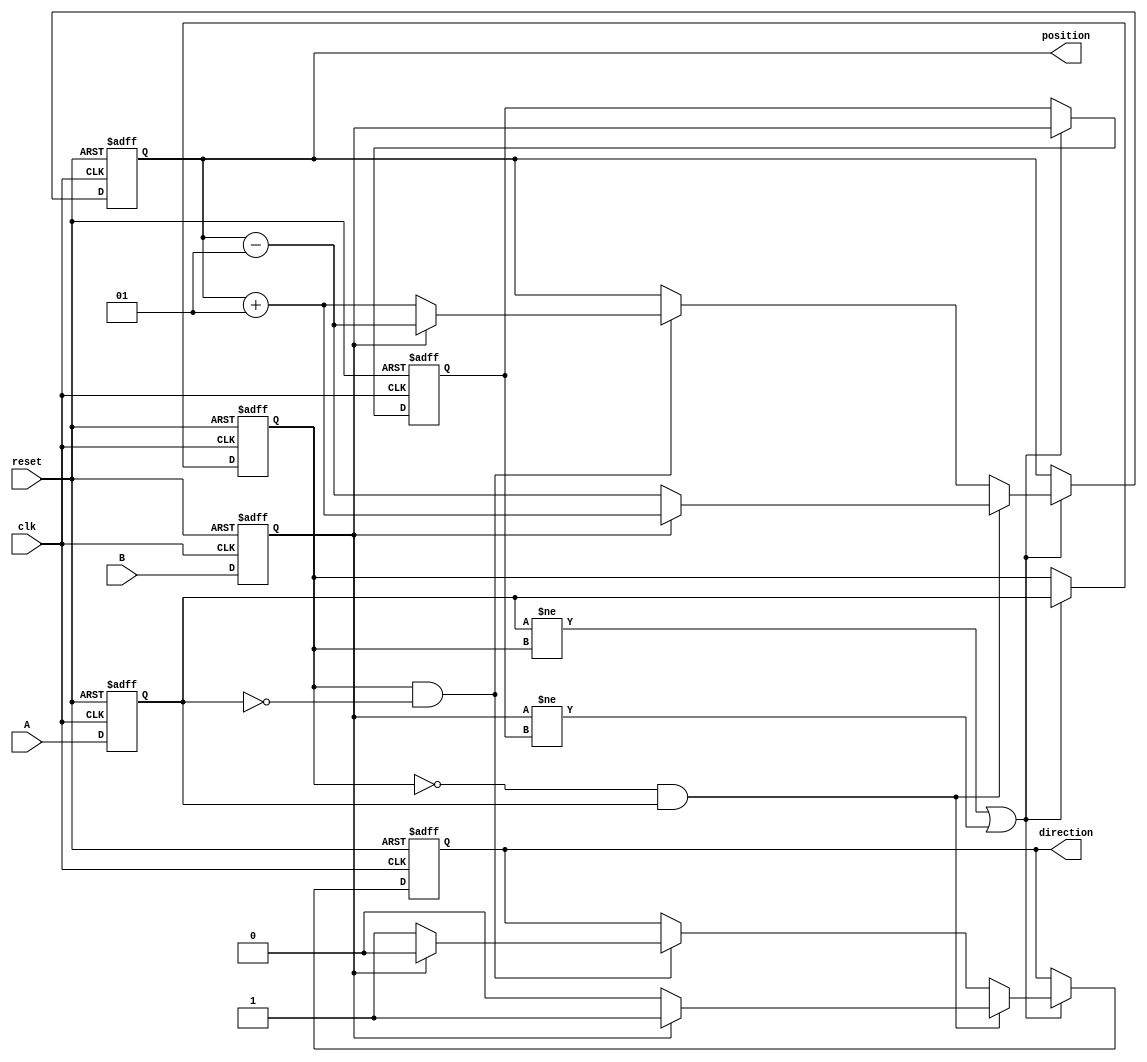
module rotary_encoder (
    input clk,              // Clock signal
    input A,                // Quadrature output signal A
    input B,                // Quadrature output signal B
    input reset,            // Asynchronous reset
    output reg signed [31:0] position = 0, // Current position counter
    output reg direction = 0 // Direction: 1 for CW, 0 for CCW
);

    // State variables for debouncing
    reg A_prev = 0;
    reg B_prev = 0;

    // Synchronizing the A and B signals
    reg A_sync = 0;
    reg B_sync = 0;

    always @(posedge clk or posedge reset) begin
        if (reset) begin
            position <= 0;
            direction <= 0;
            A_prev <= 0;
            B_prev <= 0;
            A_sync <= 0;
            B_sync <= 0;
        end else begin
            // Synchronize inputs
            A_sync <= A;
            B_sync <= B;

            // Detect transitions with debouncing
            if (A_sync != A_prev || B_sync != B_prev) begin
                if (A_prev == 0 && A_sync == 1) begin // A rising edge detected
                    if (B_sync == 1) begin // A=1, B=1 -> CW
                        position <= position + 1;
                        direction <= 1; // Clockwise
                    end else begin // A=1, B=0 -> CCW
                        position <= position - 1;
                        direction <= 0; // Counterclockwise
                    end
                end else if (A_prev == 1 && A_sync == 0) begin // A falling edge detected
                    if (B_sync == 1) begin // A=0, B=1 -> CCW
                        position <= position - 1;
                        direction <= 0; // Counterclockwise
                    end else begin // A=0, B=0 -> CW
                        position <= position + 1;
                        direction <= 1; // Clockwise
                    end
                end

                // Store previous state
                A_prev <= A_sync;
                B_prev <= B_sync;
            end
        end
    end

endmodule